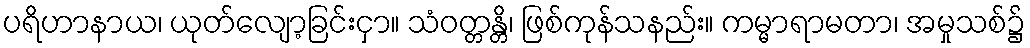
ပရိဟာနာယ၊ ယုတ်လျော့ခြင်းငှာ။ သံဝတ္တန္တိ၊ ဖြစ်ကုန်သနည်း။ ကမ္မာရာမတာ၊ အမှုသစ်၌